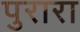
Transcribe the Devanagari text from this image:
पुरारा